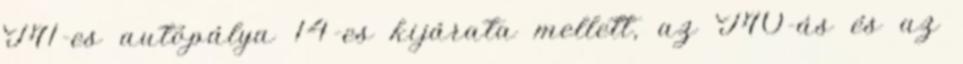
M1-es autópálya 14-es kijárata mellett, az M0-ás és az